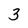
Character: 3